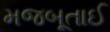
મજબૂતાઈ